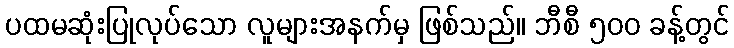
ပထမဆုံးပြုလုပ်သော လူများအနက်မှ ဖြစ်သည်။ ဘီစီ ၅၀၀ ခန့်တွင်